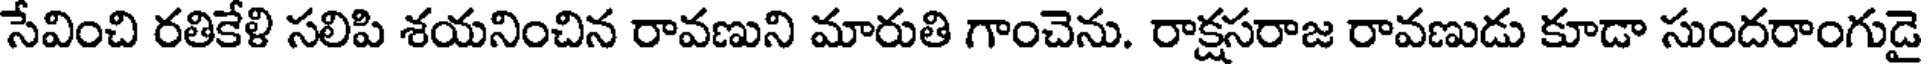
సేవించి రతికేళి సలిపి శయనించిన రావణుని మారుతి గాంచెను. రాక్షసరాజ రావణుడు కూడా సుందరాంగుడై